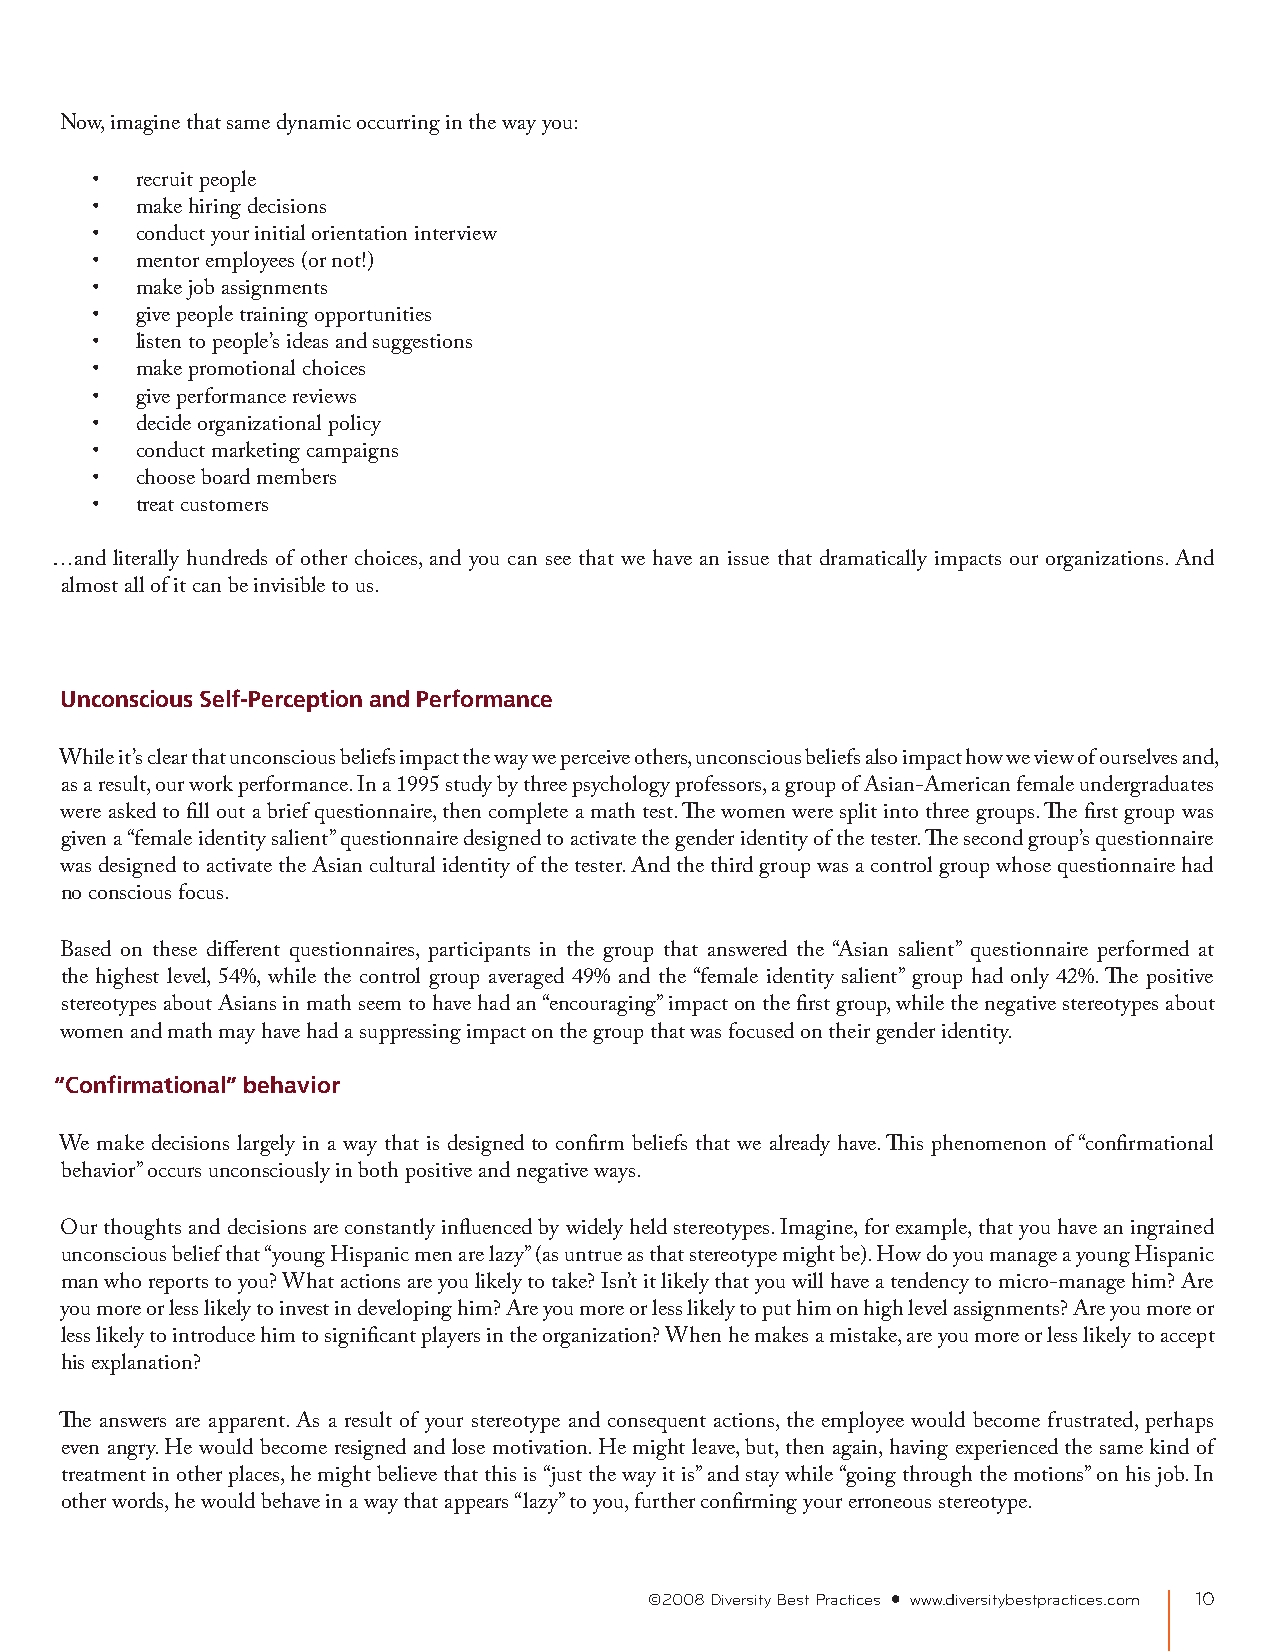
Now, imagine that same dynamic occurring in the way you:
 •  recruit people
 •  make hiring decisions
 •  conduct your initial orientation interview
 •  mentor employees (or not!)
 •  make job assignments
 •  give people training opportunities
 •  listen to people’s ideas and suggestions
 •  make promotional choices
 •  give performance reviews
 •  decide organizational policy
 •  conduct marketing campaigns
 •  choose board members
 •  treat customers
 …and literally hundreds of other choices, and you can see that we have an issue that dramatically impacts our organizations. And
 almost all of it can be invisible to us.
 Unconscious Self-Perception and Performance
 While it’s clear that unconscious beliefs impact the way we perceive others, unconscious beliefs also impact how we view of ourselves and,
 as a result, our work performance. In a 1995 study by three psychology professors, a group of Asian-American female undergraduates
 were asked to fill out a brief questionnaire, then complete a math test. The women were split into three groups. The first group was
 given a “female identity salient” questionnaire designed to activate the gender identity of the tester. The second group’s questionnaire
 was designed to activate the Asian cultural identity of the tester. And the third group was a control group whose questionnaire had
 no conscious focus.
 Based on these different questionnaires, participants in the group that answered the “Asian salient” questionnaire performed at
 the highest level, 54%, while the control group averaged 49% and the “female identity salient” group had only 42%. The positive
 stereotypes about Asians in math seem to have had an “encouraging” impact on the first group, while the negative stereotypes about
 women and math may have had a suppressing impact on the group that was focused on their gender identity.
 “Confirmational” behavior
 We make decisions largely in a way that is designed to confirm beliefs that we already have. This phenomenon of “confirmational
 behavior” occurs unconsciously in both positive and negative ways.
 Our thoughts and decisions are constantly influenced by widely held stereotypes. Imagine, for example, that you have an ingrained
 unconscious belief that “young Hispanic men are lazy” (as untrue as that stereotype might be). How do you manage a young Hispanic
 man who reports to you? What actions are you likely to take? Isn’t it likely that you will have a tendency to micro-manage him? Are
 you more or less likely to invest in developing him? Are you more or less likely to put him on high level assignments? Are you more or
 less likely to introduce him to significant players in the organization? When he makes a mistake, are you more or less likely to accept
 his explanation?
 The answers are apparent. As a result of your stereotype and consequent actions, the employee would become frustrated, perhaps
 even angry. He would become resigned and lose motivation. He might leave, but, then again, having experienced the same kind of
 treatment in other places, he might believe that this is “just the way it is” and stay while “going through the motions” on his job. In
 other words, he would behave in a way that appears “lazy” to you, further confirming your erroneous stereotype.
 ©2008 Diversity Best Practices • www.diversitybestpractices.com 10